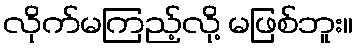
လိုက်မကြည့်လို့ မဖြစ်ဘူး။